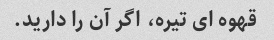
قهوه ای تیره، اگر آن را دارید.